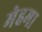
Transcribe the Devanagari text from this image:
मेहमा